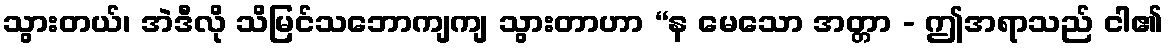
သွားတယ်၊ အဲဒီလို သိမြင်သဘောကျကျ သွားတာဟာ “န မေသော အတ္တာ - ဤအရာသည် ငါ၏